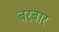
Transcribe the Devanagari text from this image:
बरबार